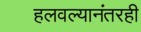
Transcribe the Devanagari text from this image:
हलवल्यानंतरही